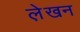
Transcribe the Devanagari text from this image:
ले़खन